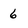
Character: 6